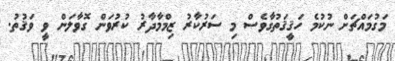
މަގުމައްޗަށް ނުކުމެ ހަޤީޤަތުގާވެސް މި ސަރުކާރު ޒިމްމާދާރު ކުރުވަން ގޮވާލަން ވީ ވަޤުތު.